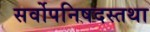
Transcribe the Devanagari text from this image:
सर्वोपनिषदस्तथा